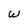
Character: W